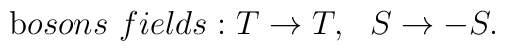
{\mathrm bosons~ fields:}  ~  T  \to T,  ~~ S  \to -S.